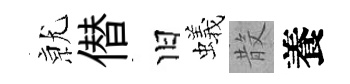
𭕒僣旧蟻𣪚養